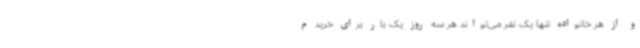
و از هر خانواده تنها یک نفر می‌تواند هر سه روز یک بار برای خرید م